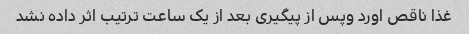
غذا ناقص اورد وپس از پیگیری بعد از یک ساعت ترتیب اثر داده نشد